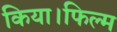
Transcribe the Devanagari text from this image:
किया।फिल्म